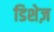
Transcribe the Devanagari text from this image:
डिशेज़